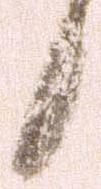
候